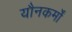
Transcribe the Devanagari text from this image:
यौनकर्मों